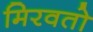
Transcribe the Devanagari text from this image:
मिरवतो